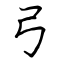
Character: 弓